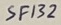
Text: SF132